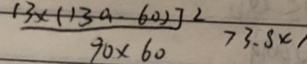
\frac { 1 3 \times ( 1 3 0 - 6 0 ) ] ^ { 2 } } { 9 0 \times 6 0 } > 3 . 8 x